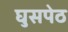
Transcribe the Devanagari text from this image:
घुसपेठ